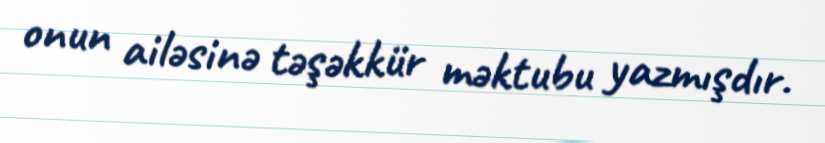
onun ailəsinə təşəkkür məktubu yazmışdır.